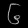
Digit: ၆